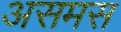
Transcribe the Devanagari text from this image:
असमस